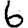
Digit: 6